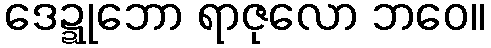
ဒေဍ္ဍုဘော ရာဇုလော ဘဝေ။